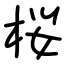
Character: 桜